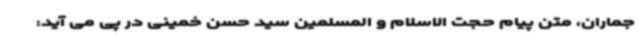
جماران، متن پیام حجت الاسلام و المسلمین سید حسن خمینی در پی می آید: